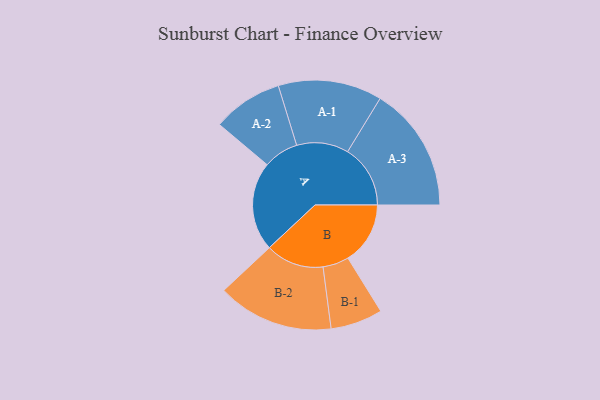
{"axis": {"x": "Segment", "y": "Value"}, "legend": ["", "A", "B"], "data": [{"x": "A", "y": 413, "type": ""}, {"x": "B", "y": 289, "type": ""}, {"x": "A-1", "y": 241, "type": "A"}, {"x": "A-2", "y": 163, "type": "A"}, {"x": "A-3", "y": 291, "type": "A"}, {"x": "B-1", "y": 121, "type": "B"}, {"x": "B-2", "y": 270, "type": "B"}]}